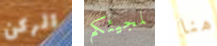
الركن لمجيئكم هنا